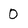
Character: 0